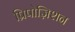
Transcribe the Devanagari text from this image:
प्रिपोज़िशन